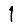
Digit: 1